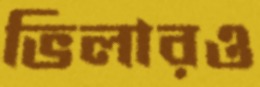
ভিলারও